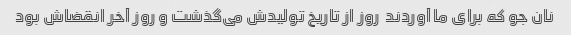
نان جو که برای ما آوردند  روز از تاریخ تولیدش می‌گذشت و روز آخر انقضاش بود